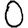
Digit: 0